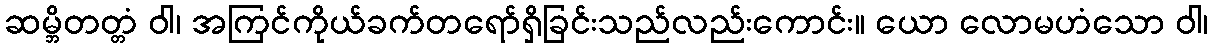
ဆမ္ဘိတတ္တံ ဝါ၊ အကြင်ကိုယ်ခက်တရော်ရှိခြင်းသည်လည်းကောင်း။ ယော လောမဟံသော ဝါ၊